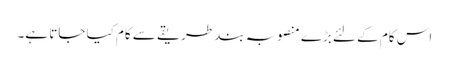
اس کام کے لئے بڑے منصوبہ بند طریقے سے کام کیا جاتا ہے۔